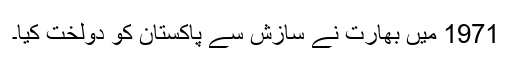
1971 میں بھارت نے سازش سے پاکستان کو دولخت کیا۔